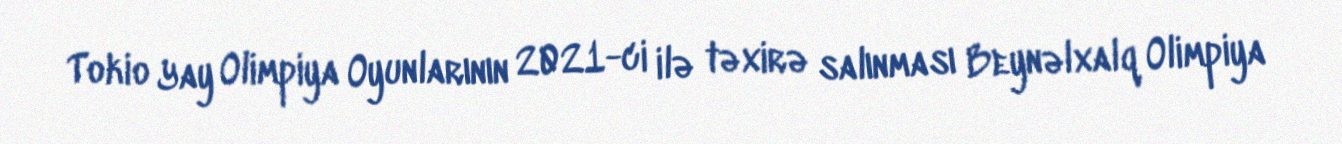
Tokio Yay Olimpiya Oyunlarının 2021-ci ilə təxirə salınması Beynəlxalq Olimpiya